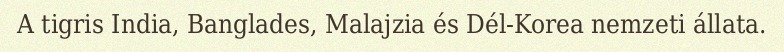
A tigris India, Banglades, Malajzia és Dél-Korea nemzeti állata.